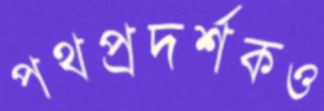
পথপ্রদর্শকও